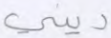
ديني